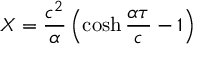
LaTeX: X = { \frac { c ^ { 2 } } { \alpha } } \left( \cosh { \frac { \alpha \tau } { c } } - 1 \right)